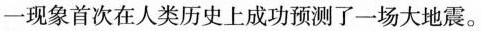
一现象首次在人类历史上成功预测了一场大地震。